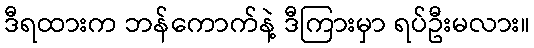
ဒီရထားက ဘန်ကောက်နဲ့ ဒီကြားမှာ ရပ်ဦးမလား။